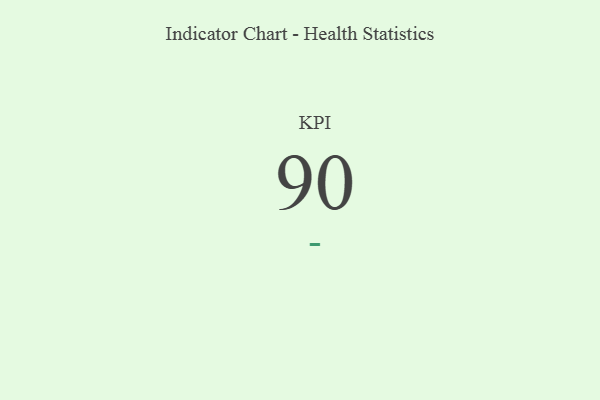
{"axis": {"x": "KPI", "y": "Value"}, "legend": [""], "data": [{"x": "KPI", "y": 90, "type": ""}]}